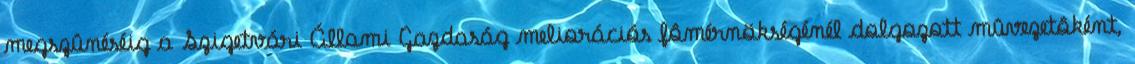
megszûnéséig a Szigetvári Állami Gazdaság meliorációs fômérnökségénél dolgozott mûvezetôként,